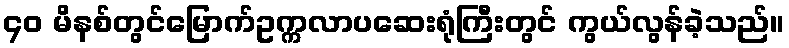
၄၀ မိနစ်တွင်မြောက်ဥက္ကလာပဆေးရုံကြီးတွင် ကွယ်လွန်ခဲ့သည်။